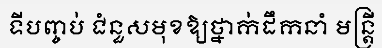
ទីបញ្ចប់ ជំនួសមុខឱ្យថ្នាក់ដឹកនាំ មន្ត្រី